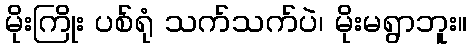
မိုးကြိုး ပစ်ရုံ သက်သက်ပဲ၊ မိုးမရွာဘူး။